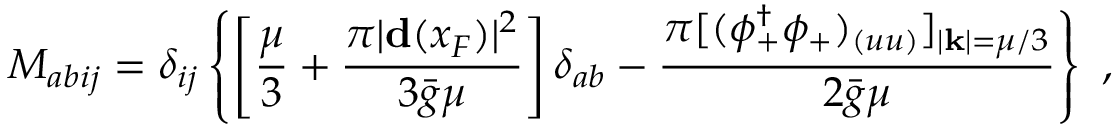
{ \cal M } _ { a b i j } = \delta _ { i j } \left\{ \left[ \frac { \mu } { 3 } + \frac { \pi | { \bf d } ( x _ { F } ) | ^ { 2 } } { 3 { \bar { g } } \mu } \right] \delta _ { a b } - \frac { \pi [ ( \phi _ { + } ^ { \dagger } \phi _ { + } ) _ { ( u u ) } ] _ { | { \bf k } | = \mu / 3 } } { 2 { \bar { g } } \mu } \right\} \ ,